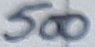
Text: 500